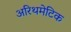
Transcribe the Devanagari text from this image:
अरिथमेटिक